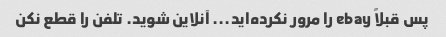
پس قبلاً ebay را مرور نکرده‌اید... آنلاین شوید. تلفن را قطع نکن